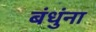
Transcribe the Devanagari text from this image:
बंधुंना